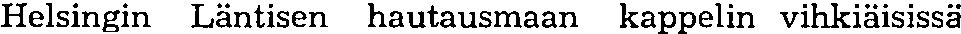
Helsingin Läntisen hautausmaan kappelin vihkiäisissä